Lunatic asylums United Provinces 1909-1921 - 1909-1921
Year: 1909
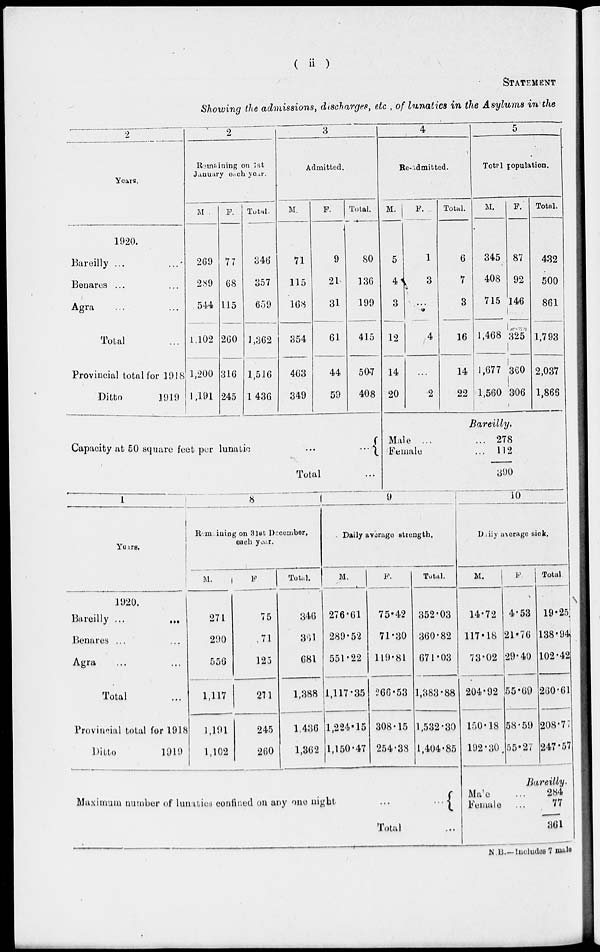
( ii )
STATEMENT
Showing the admissions, discharges, etc , of lunatics in the Asylums in the
2
Years.
1920.
Bareilly ... ...
Benares ... ...
Agra ... ...
Total ...
Provincial total for 1918
Ditto
1919
2
Remaining on 1st
Jauuary each year.
M .
269
289
544
1,102
1,200
1,191
F.
77
68
115
260
316
245
Total.
346
357
659
1,362
1,516
1436
3
Admitted.
M.
71
115
168
354
463
349
F.
9
21
31
61
44
59
Total.
80
136
199
415
507
408
4
Re-admitted.
M.
5
4
3
12
14
20
F.
1
3
...
4
2
Total.
6
7
3
16
14
22
5
Total population.
M.
345
408
715
1,468
1,677
1,560
F.
87
92
146
325
360
306
Total.
432
500
861
1,793
2,037
1,866
Capacity at 50 square feet per lunatic
... ...
Total ...
Bareilly.
Male ... ...
Female ... ...
278
112
390
1
Years.
1920.
Bareilly ...
...
Benares ... ...
Agra ... ...
Total ...
Provincial total for 1918
Ditto
1919
8
Remaining on 31st December,
each year.
M.
271
290
556
1,117
1,191
1,102
F.
75
71
125
271
245
260
Total.
346
36l
681
1,388
1,436
1,362
9
Daily average strength.
M.
276.61
289.52
551.22
1,117.35
1,224.15
1,150.47
F.
75.42
71.30
119.81
266.53
308.15
254.38
Total.
352.03
360.82
671.03
1,383.88
1,532.30
1,404.85
10
Dailly average sick.
M.
14.72
117.18
73.02
204.92
150.18
192.30
F.
4.53
21.76
29.40
55.69
58.59
55.27
Total.
19.25
138.94
102.42
260.61
208.77
247.57
Maximum number of lunatics confined on any one night
... ...
Total ...
Bareilly.
Male ...
Female ...
284
77
361
N.B.— Includes 7 male